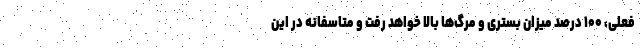
فعلی، ۱۰۰ درصد میزان بستری و مرگ‌ها بالا خواهد رفت و متاسفانه در این